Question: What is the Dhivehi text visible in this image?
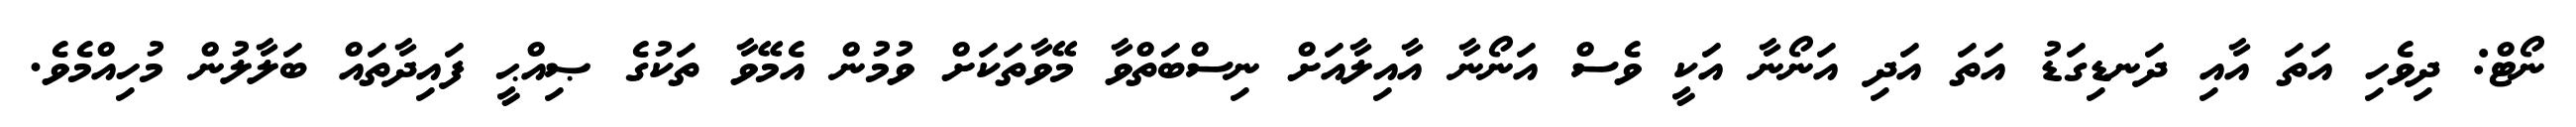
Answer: ނޯޓް: ދިވެހި އަތަ އާއި ދަނޑިގަޑު އަތަ އަދި އަނޯނާ އަކީ ވެސް އަނޯނާ އާއިލާއަށް ނިސްބަތްވާ މޭވާތަކަށް ވުމުން އެމޭވާ ތަކުގެ ޞިއްޙީ ފައިދާތައް ބަލާލުން މުހިއްމެވެ.